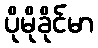
ပိုမိုခိုင်မာ